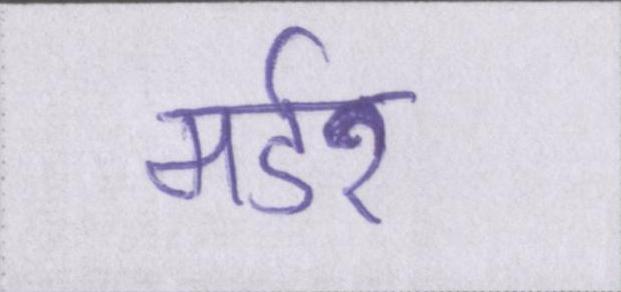
मर्डर